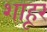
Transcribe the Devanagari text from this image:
शाहूर